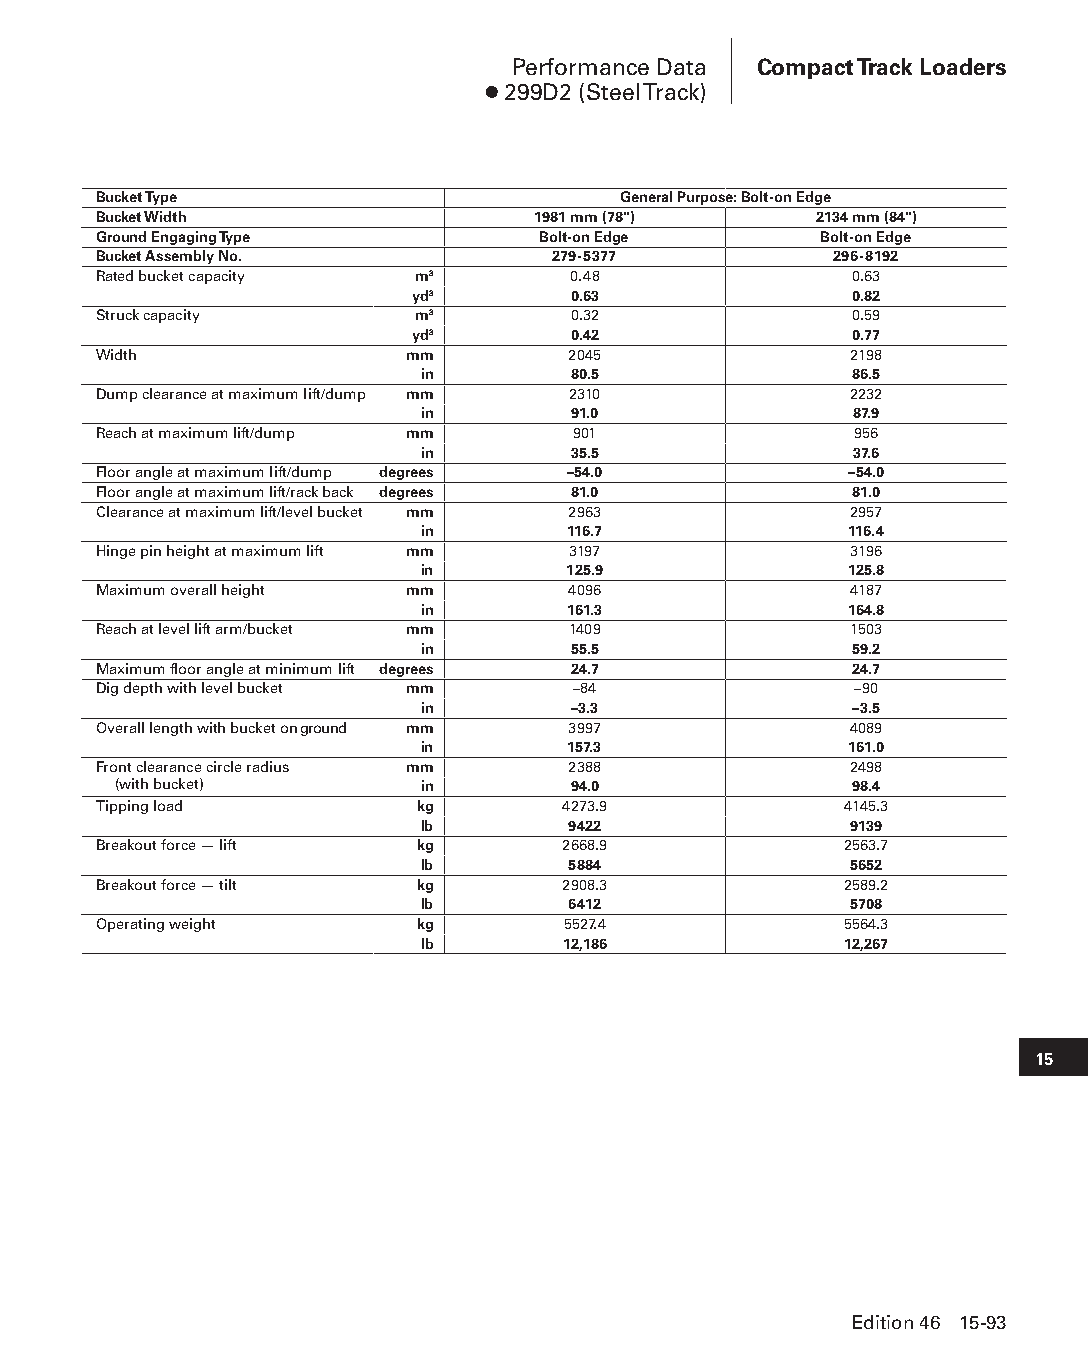
Performance Data Compact Track Loaders
 ● 299D2 (Steel Track)
 Bucket Type                       General Purpose: Bolt-on Edge
 Bucket Width                 1981 mm (78")     2134 mm (84")
 Ground Engaging Type         Bolt-on Edge       Bolt-on Edge
 Bucket Assembly No.           279-5377           296-8192
 Rated bucket capacity m3       0.48               0.63
 yd3       0.63               0.82
 Struck capacity      m3        0.32               0.59
 yd3       0.42               0.77
 Width               mm         2045               2198
 in        80.5               86.5
 Dump clearance at maximum lift/dump mm 2310       2232
 in        91.0               87.9
 Reach at maximum lift/dump mm  901                956
 in        35.5               37.6
 Floor angle at maximum lift/dump degrees –54.0    –54.0
 Floor angle at maximum lift/rack back degrees 81.0 81.0
 Clearance at maximum lift/level bucket mm 2963    2957
 in        116.7              116.4
 Hinge pin height at maximum lift mm 3197          3196
 in        125.9             125.8
 Maximum overall height mm      4096               4187
 in        161.3             164.8
 Reach at level lift arm/bucket mm 1409            1503
 in        55.5               59.2
 Maximum floor angle at minimum lift degrees 24.7  24.7
 Dig depth with level bucket mm –84                –90
 in        –3.3               –3.5
 Overall length with bucket on ground mm 3997      4089
 in        157.3              161.0
 Front clearance circle radius mm 2388             2498
 (with bucket)       in        94.0               98.4
 Tipping load         kg        4273.9            4145.3
 lb        9422               9139
 Breakout force — lift kg       2668.9            2563.7
 lb        5884               5652
 Breakout force — tilt kg       2908.3            2589.2
 lb        6412               5708
 Operating weight     kg        5527.4            5564.3
 lb        12,186            12,267
 15
 Edition 46 15-93
 PPHHBB--SSeecc1155--1166..iinndddd 9933                        1122//44//1155 1100::5511 AAMM